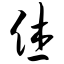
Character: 休